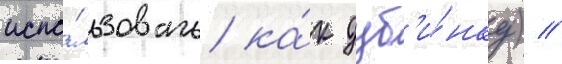
испо́льзовать ка́к дуб'и́нку) //